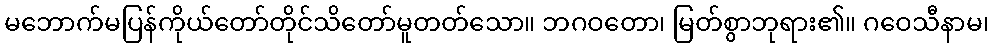
မဘောက်မပြန်ကိုယ်တော်တိုင်သိတော်မူတတ်သော။ ဘဂဝတော၊ မြတ်စွာဘုရား၏။ ဂဝေသီနာမ၊